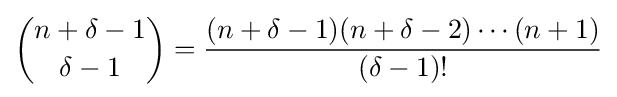
{\binom {n+\delta -1}{\delta -1}}={\frac {(n+\delta -1)(n+\delta -2)\cdots (n+1)}{(\delta -1)!}}